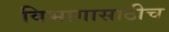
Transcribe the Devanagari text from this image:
विभागासाठीच